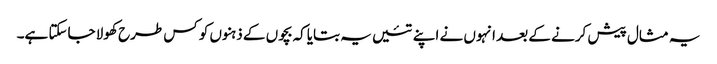
یہ مثال پیش کرنے کے بعد انہوں نے اپنے تئیں یہ بتایاکہ بچوں کے ذہنوں کو کس طرح کھولا جاسکتا ہے۔